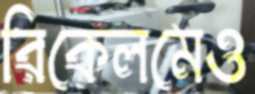
রিকেলমেও